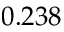
0 . 2 3 8